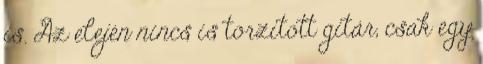
is. Az elején nincs is torzított gitár, csak egy